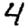
Digit: 4